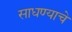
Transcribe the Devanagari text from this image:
साधण्‍याचे